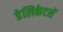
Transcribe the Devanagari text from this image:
डेलिकेटसें